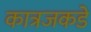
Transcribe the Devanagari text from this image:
कात्रजकडे